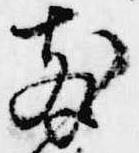
散